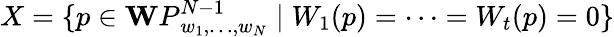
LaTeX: X=\{ p\in{\mathbf WP}_{w_{1},\ldots,w_{N}}^{N-1}\mid W_{1}(p)=\cdots=W_{t}(p)=0\}